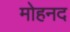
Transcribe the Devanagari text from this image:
मोहनद